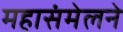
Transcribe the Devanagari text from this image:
महासंमेलने